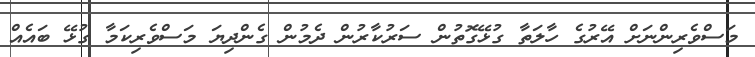
މަސްވެރިންނަށް އޭރުގެ ހާލަތާ ގުޅޭގޮތުން ސަރުކާރުން ދެމުން ގެންދިޔަ މަސްވެރިކަމާ ގުޅޭ ބައެއް